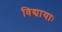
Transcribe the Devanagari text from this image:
विद्यायाः